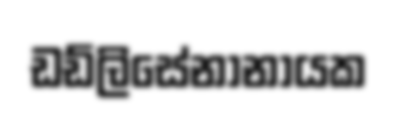
ඩඩ්ලිසේනානායක